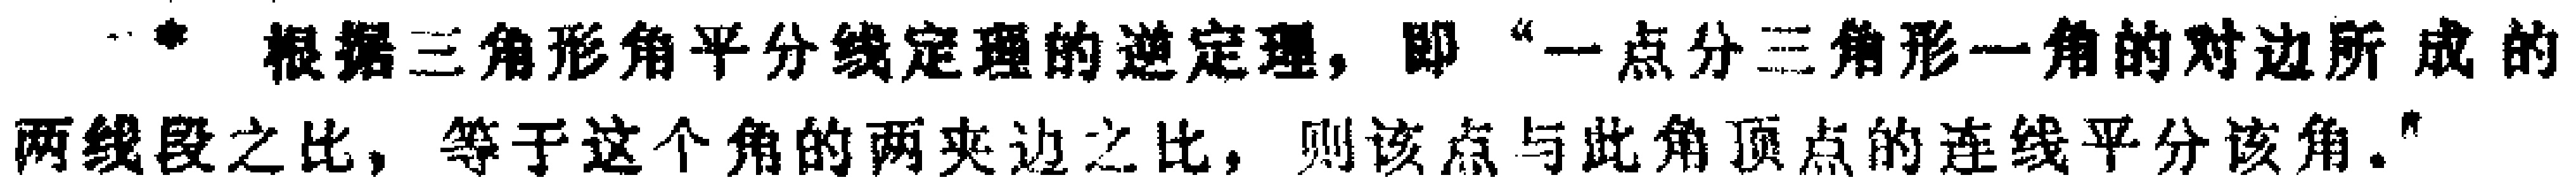
根据三角形角平分线定理的逆定理，即“一点分三角形一角的对边所成的两线段之比，等于这个角的两夹边之比，则该点与此角顶点的连线平分该角.”